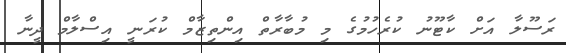
ރަސޫލާ އަށް ކާޓޫނު ކުރެހުމުގެ މި މުބާރާތް އިންތިޒާމް ކުރަނީ އިސްލާމް ދީނާ